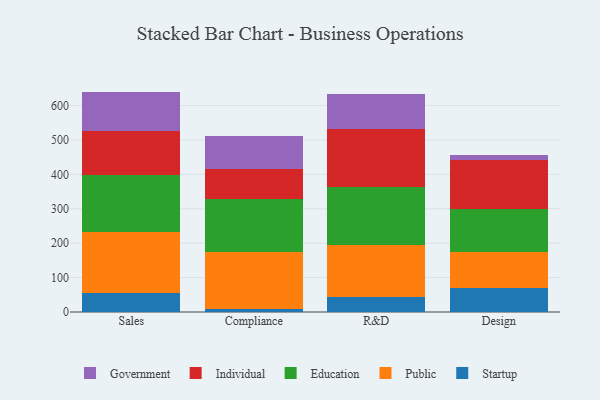
{"axis": {"x": "Department", "y": "Bounce Rate (%)"}, "legend": ["Education", "Government", "Individual", "Public", "Startup"], "data": [{"x": "Sales", "y": 55.8, "type": "Startup"}, {"x": "Sales", "y": 177.4, "type": "Public"}, {"x": "Sales", "y": 163.8, "type": "Education"}, {"x": "Sales", "y": 128.9, "type": "Individual"}, {"x": "Sales", "y": 114.8, "type": "Government"}, {"x": "Compliance", "y": 7.4, "type": "Startup"}, {"x": "Compliance", "y": 167.1, "type": "Public"}, {"x": "Compliance", "y": 153.8, "type": "Education"}, {"x": "Compliance", "y": 87.4, "type": "Individual"}, {"x": "Compliance", "y": 94.8, "type": "Government"}, {"x": "R&D", "y": 42.7, "type": "Startup"}, {"x": "R&D", "y": 152.7, "type": "Public"}, {"x": "R&D", "y": 169.2, "type": "Education"}, {"x": "R&D", "y": 166.0, "type": "Individual"}, {"x": "R&D", "y": 104.0, "type": "Government"}, {"x": "Design", "y": 71.2, "type": "Startup"}, {"x": "Design", "y": 104.2, "type": "Public"}, {"x": "Design", "y": 123.5, "type": "Education"}, {"x": "Design", "y": 142.8, "type": "Individual"}, {"x": "Design", "y": 13.5, "type": "Government"}]}